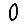
Digit: 0